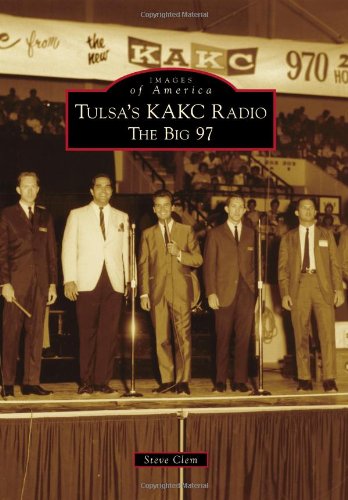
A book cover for Tulsa's KAKC Radio: (Images of America); Steve Clem; Humor & Entertainment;